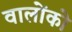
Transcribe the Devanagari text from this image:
वालोंको